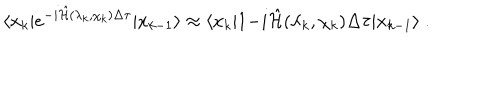
LaTeX: \langle x _ { k } | e ^ { - i \hat { { \cal H } } ( \lambda _ { k } , \chi _ { k } ) \Delta \tau } | x _ { k - 1 } \rangle \approx \langle x _ { k } | 1 { - i \hat { { \cal H } } ( \lambda _ { k } , \chi _ { k } ) \Delta \tau } | x _ { k - 1 } \rangle \; .